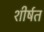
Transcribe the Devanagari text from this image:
शीर्षत